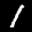
Label: 1